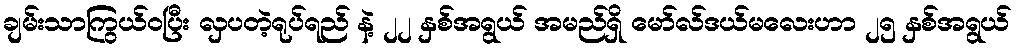
ချမ်းသာကြွယ်ဝပြီး လှပတဲ့ရုပ်ရည် နဲ့ ၂၂ နှစ်အရွယ် အမည်ရှိ မော်လ်ဒယ်မလေးဟာ ၂၅ နှစ်အရွယ်